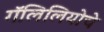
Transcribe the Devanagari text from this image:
गॅलिलियोचे